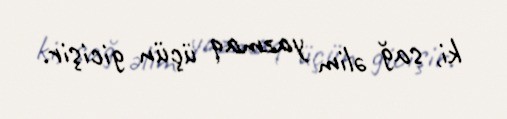
ki, sağ əlim yazmaq üçün gicişir.